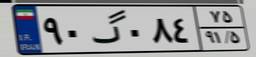
۹۰گ۰۸۴۷۵